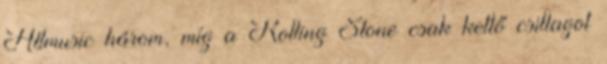
Allmusic három, míg a Rolling Stone csak kettő csillagot